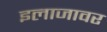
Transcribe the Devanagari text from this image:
इलाजावर